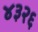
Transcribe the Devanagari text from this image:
४३२६